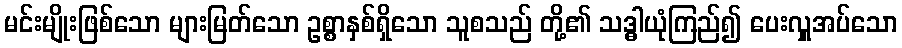
မင်းမျိုးဖြစ်သော များမြတ်သော ဥစ္စာနှစ်ရှိသော သူစသည် တို့၏ သဒ္ဓါယုံကြည်၍ ပေးလှူအပ်သော